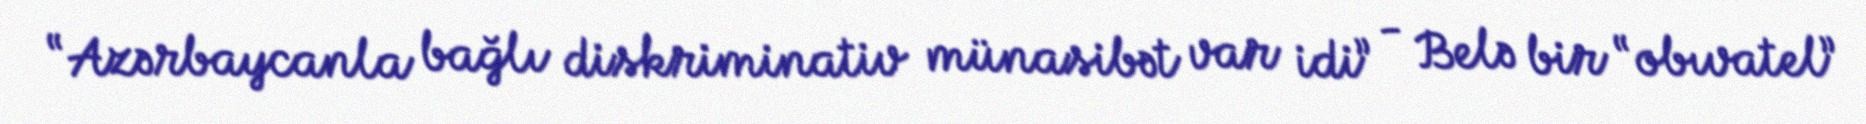
“Azərbaycanla bağlı diskriminativ münasibət var idi” - Belə bir “obıvatel”